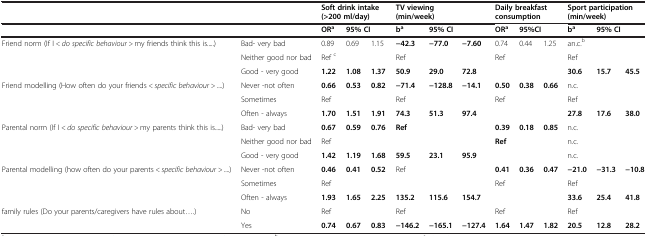
<table><thead><tr><td colspan="2"><b> </b></td><td colspan="3"><b>Soft drink intake(&gt;200 ml/day)</b></td><td colspan="3"><b>TV viewing (min/week)</b></td><td colspan="3"><b>Daily breakfast consumption</b></td><td colspan="3"><b>Sport participation (min/week)</b></td></tr><tr><td colspan="2"><b> </b></td><td><b>OR<sup>a</sup></b></td><td colspan="2"><b>95% CI</b></td><td><b>b<sup>a</sup></b></td><td colspan="2"><b>95% CI</b></td><td><b>OR<sup>a</sup></b></td><td colspan="2"><b>95%CI</b></td><td><b>b<sup>a</sup></b></td><td colspan="2"><b>95% CI</b></td></tr></thead><tbody><tr><td rowspan="3">Friend norm (If I <i>&lt; do specific behaviour &gt;</i> my friends think this is.....)</td><td>Bad- very bad</td><td>0.89</td><td>0.69</td><td>1.15</td><td><b>−42.3</b></td><td><b>−77.0</b></td><td><b>−7.60</b></td><td>0.74</td><td>0.44</td><td>1.25</td><td>an.c.<sup>b</sup></td><td> </td><td> </td></tr><tr><td>Neither good nor bad</td><td colspan="3">Ref <sup>c</sup></td><td colspan="3">Ref</td><td colspan="3">Ref</td><td colspan="3">Ref</td></tr><tr><td>Good - very good</td><td><b>1.22</b></td><td><b>1.08</b></td><td><b>1.37</b></td><td><b>50.9</b></td><td><b>29.0</b></td><td><b>72.8</b></td><td> </td><td> </td><td> </td><td><b>30.6</b></td><td><b>15.7</b></td><td><b>45.5</b></td></tr><tr><td rowspan="3">Friend modelling (How often do your friends <i>&lt; specific behaviour &gt;</i> ....)</td><td>Never -not often</td><td><b>0.66</b></td><td><b>0.53</b></td><td><b>0.82</b></td><td><b>−71.4</b></td><td><b>−128.8</b></td><td><b>−14.1</b></td><td><b>0.50</b></td><td><b>0.38</b></td><td><b>0.66</b></td><td>n.c.</td><td> </td><td> </td></tr><tr><td>Sometimes</td><td colspan="3">Ref</td><td colspan="3">Ref</td><td colspan="3">Ref</td><td colspan="3">Ref</td></tr><tr><td>Often - always</td><td><b>1.70</b></td><td><b>1.51</b></td><td><b>1.91</b></td><td><b>74.3</b></td><td><b>51.3</b></td><td><b>97.4</b></td><td> </td><td> </td><td> </td><td><b>27.8</b></td><td><b>17.6</b></td><td><b>38.0</b></td></tr><tr><td rowspan="3">Parental norm (If I <i>&lt; do specific behaviour &gt;</i> my parents think this is.....)</td><td>Bad- very bad</td><td><b>0.67</b></td><td><b>0.59</b></td><td><b>0.76</b></td><td><b>Ref</b></td><td> </td><td> </td><td><b>0.39</b></td><td><b>0.18</b></td><td><b>0.85</b></td><td>n.c.</td><td> </td><td> </td></tr><tr><td>Neither good nor bad</td><td colspan="3">Ref</td><td> </td><td> </td><td> </td><td colspan="3"><b>Ref</b></td><td>n.c.</td><td> </td><td> </td></tr><tr><td>Good - very good</td><td><b>1.42</b></td><td><b>1.19</b></td><td><b>1.68</b></td><td><b>59.5</b></td><td><b>23.1</b></td><td><b>95.9</b></td><td> </td><td> </td><td> </td><td>n.c.</td><td> </td><td> </td></tr><tr><td rowspan="3">Parental modelling (how often do your parents <i>&lt; specific behaviour &gt;</i> ....)</td><td>Never -not often</td><td><b>0.46</b></td><td><b>0.41</b></td><td><b>0.52</b></td><td>Ref</td><td> </td><td> </td><td><b>0.41</b></td><td><b>0.36</b></td><td><b>0.47</b></td><td><b>−21.0</b></td><td><b>−31.3</b></td><td><b>−10.8</b></td></tr><tr><td>Sometimes</td><td colspan="3">Ref</td><td> </td><td> </td><td> </td><td colspan="3">Ref</td><td colspan="3">Ref</td></tr><tr><td>Often - always</td><td><b>1.93</b></td><td><b>1.65</b></td><td><b>2.25</b></td><td><b>135.2</b></td><td><b>115.6</b></td><td><b>154.7</b></td><td> </td><td> </td><td> </td><td><b>33.6</b></td><td><b>25.4</b></td><td><b>41.8</b></td></tr><tr><td rowspan="2">family rules (Do your parents/caregivers have rules about....)</td><td>No</td><td colspan="3">Ref</td><td colspan="3">Ref</td><td colspan="3">Ref</td><td colspan="3">Ref</td></tr><tr><td>Yes</td><td><b>0.74</b></td><td><b>0.67</b></td><td><b>0.83</b></td><td><b>−146.2</b></td><td><b>−165.1</b></td><td><b>−127.4</b></td><td><b>1.64</b></td><td><b>1.47</b></td><td><b>1.82</b></td><td><b>20.5</b></td><td><b>12.8</b></td><td><b>28.2</b></td></tr></tbody></table>